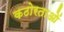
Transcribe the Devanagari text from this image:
कठोरताओं